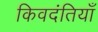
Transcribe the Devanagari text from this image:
किवदंतियाँ